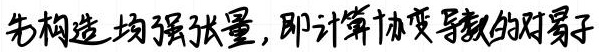
先构造 均强张量,即计算协变导数的对易子